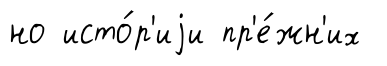
но исто́р'иjи пр'е́жн'их